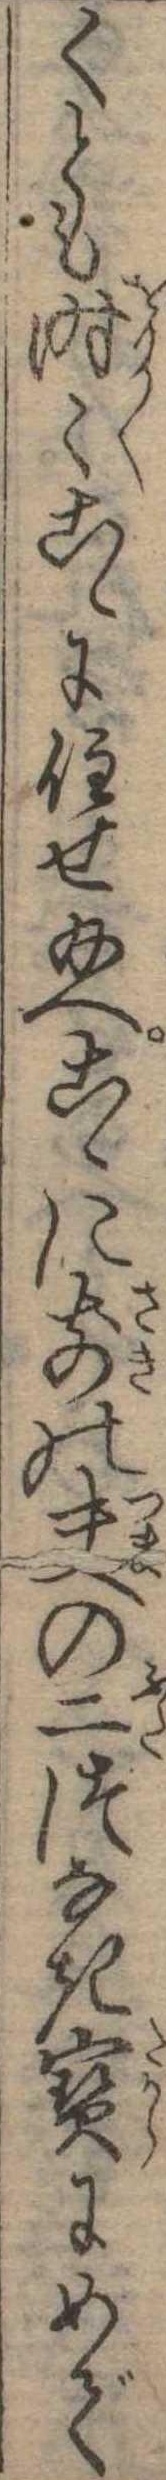
くとも時こゝに住せ給へこゝに前の夫の二つなき宝にめで